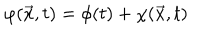
LaTeX: { \varphi } ( \vec { x } , t ) = { \phi } ( t ) + { \chi } ( \vec { x } , t )